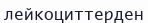
лейкоциттерден